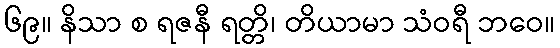
၆၉။ နိသာ စ ရဇနီ ရတ္တိ၊ တိယာမာ သံဝရီ ဘဝေ။